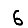
Digit: 6